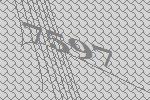
7597